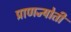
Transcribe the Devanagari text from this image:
प्राणज्योती